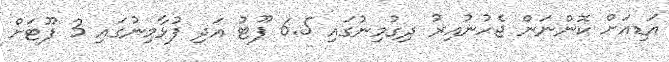
އަޑިއަށް ކޮންނަން ޖެހުނުއިރު ދިގުމިނުގައި 6.5 ފޫޓު އަދި ފުޅާމިނުގައި 3 ފޫޓަށް